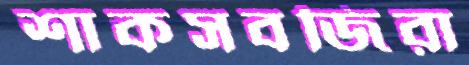
শাকসবজিরা